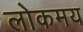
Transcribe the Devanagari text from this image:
लोकमय